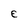
Character: E